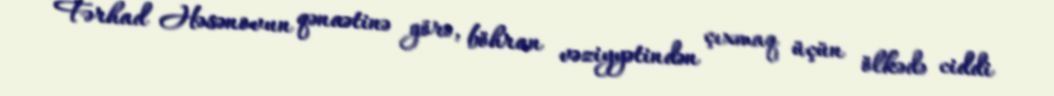
Fərhad Həsənovun qənaətinə görə, böhran vəziyyətindən çıxmaq üçün ölkədə ciddi